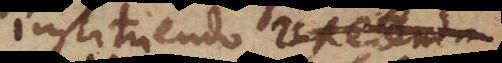
instituendo repetenda